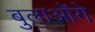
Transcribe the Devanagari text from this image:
बुलाओंगे